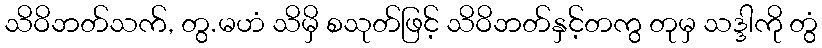
သိဝိဘတ်သက်, တွ.မဟံ သိမှိ စသုတ်ဖြင့် သိဝိဘတ်နှင့်တကွ တုမှ သဒ္ဒါကို တွံ